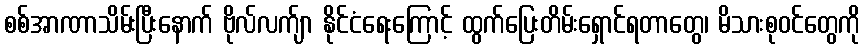
စစ်အာဏာသိမ်းပြီးနောက် ဗိုလ်လက်ျာ နိုင်ငံရေးကြောင့် ထွက်ပြေးတိမ်းရှောင်ရတာတွေ၊ မိသားစုဝင်တွေကို